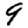
Digit: 9